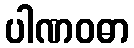
ပါဏဝဓာ